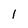
Character: 1